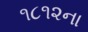
૧૮૧૨ના